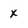
Character: x